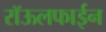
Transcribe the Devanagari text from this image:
रॉऊलफाईन